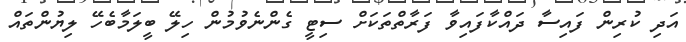
އަދި ކުރިން ފައިސާ ދައްކާފައިވާ ފަރާތްތަކަށް ސިޓީ ގެންނެވުމުން ހިލޭ ބީލަމާބެހޭ ލިޔުންތައް